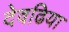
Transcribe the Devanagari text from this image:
देवढिया